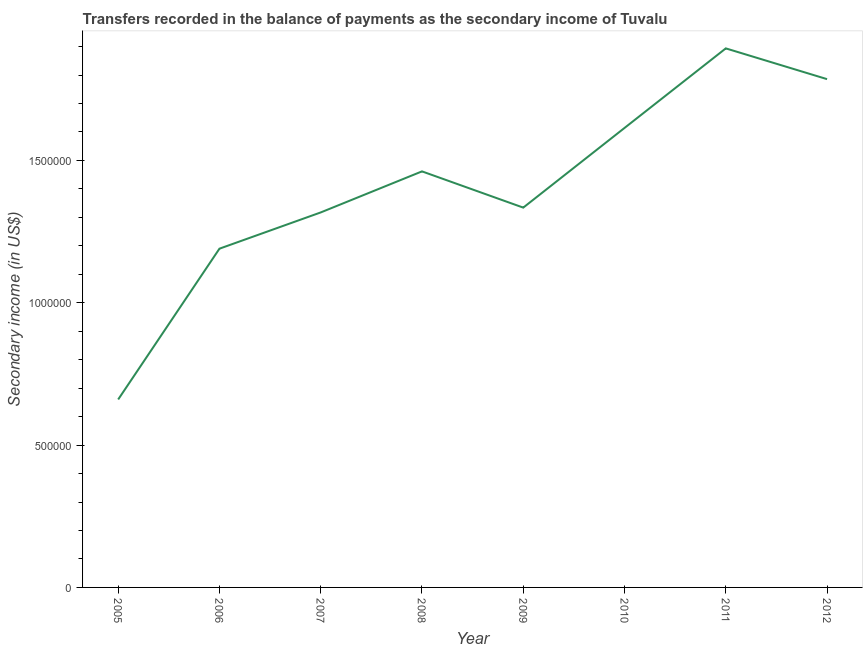
| Year | Secondary income |
 | --- | --- |
 | 2005 | 6.6e+05 |
 | 2006 | 1.19e+06 |
 | 2007 | 1.32e+06 |
 | 2008 | 1.46e+06 |
 | 2009 | 1.33e+06 |
 | 2010 | 1.61e+06 |
 | 2011 | 1.89e+06 |
 | 2012 | 1.79e+06 |